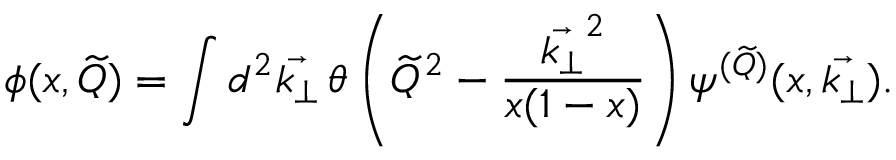
\phi ( x , \widetilde Q ) = \int d ^ { 2 } \vec { k _ { \perp } } \thinspace \theta \left( { \widetilde Q } ^ { 2 } - { \frac { \vec { k _ { \perp } } ^ { 2 } } { x ( 1 - x ) } } \right) \psi ^ { ( \widetilde Q ) } ( x , \vec { k _ { \perp } } ) .